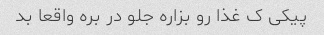
پیکی ک غذا رو بزاره جلو در بره واقعا بد